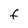
Character: f